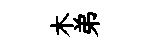
木弟